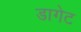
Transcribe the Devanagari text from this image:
डागेट